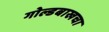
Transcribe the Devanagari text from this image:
गोल्डबाखचा